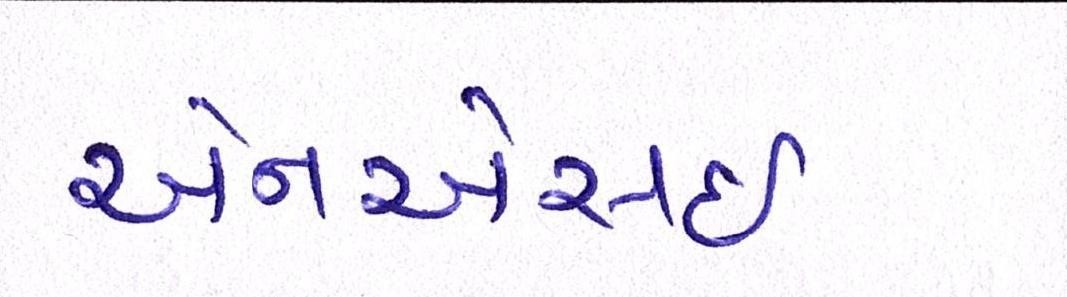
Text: એનએસઇ